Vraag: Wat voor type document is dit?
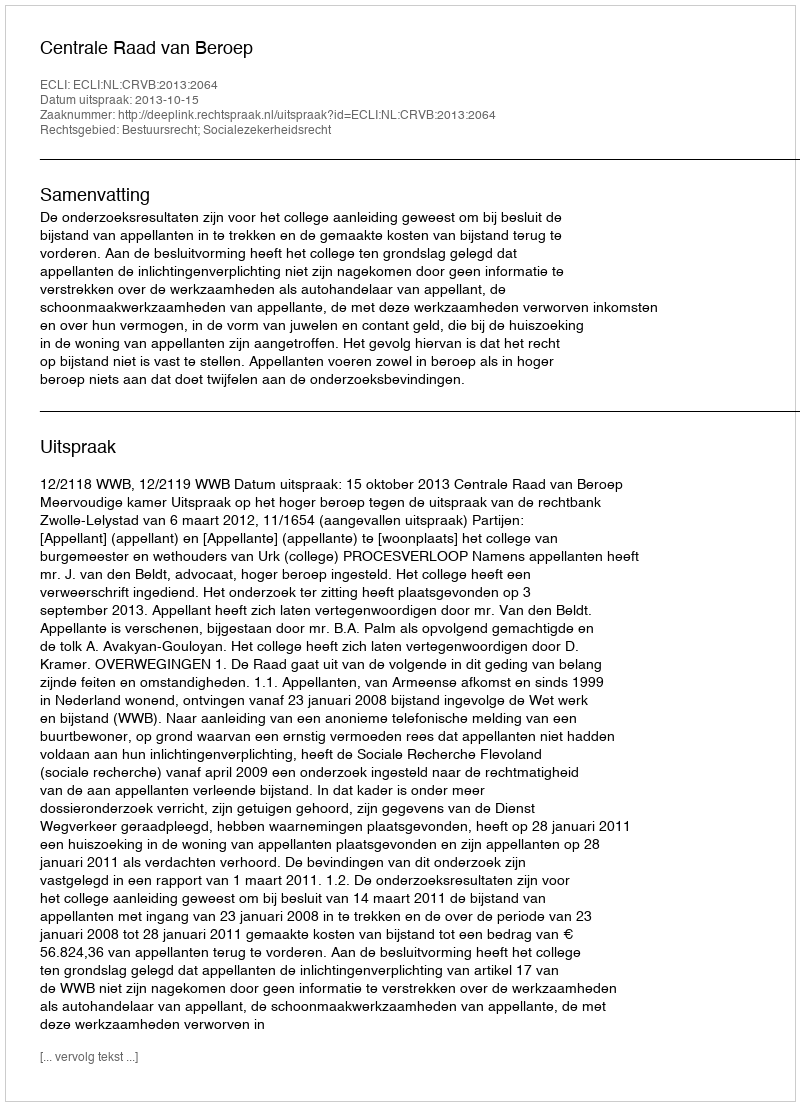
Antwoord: Uitspraak